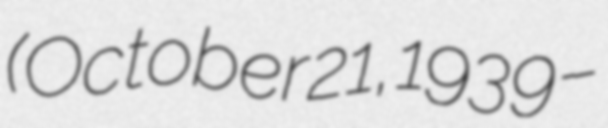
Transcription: (October 21, 1939 –